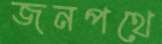
জনপথে